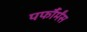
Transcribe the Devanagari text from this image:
पर्फौर्मंस